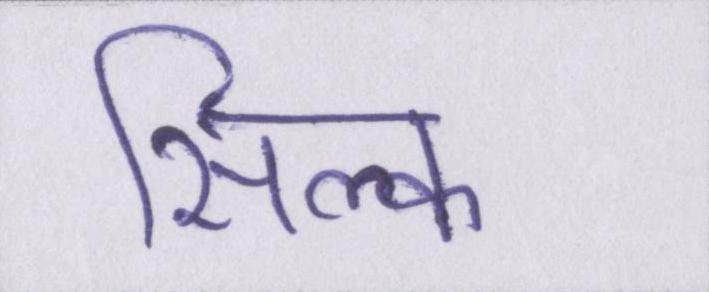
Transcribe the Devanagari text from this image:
सिल्क